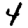
Digit: 4